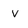
Character: V